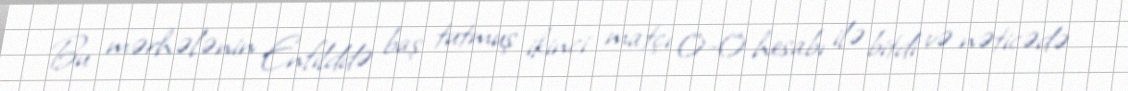
Bu mərhələnin Enfilddə baş tutmuş ikinci matçı 0-0 hesabı ilə bitdi və nəticədə